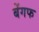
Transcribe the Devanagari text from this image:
बेंगफ